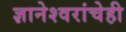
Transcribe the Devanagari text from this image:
ज्ञानेश्वरांचेही